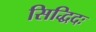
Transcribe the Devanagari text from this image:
सिद्धिदः